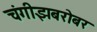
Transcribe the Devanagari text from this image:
चंगीझबरोबर